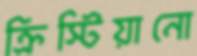
ক্রিস্টিয়ানো